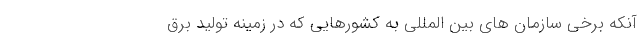
آنکه برخی سازمان های بین المللی به کشورهایی که در زمینه تولید برق